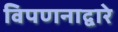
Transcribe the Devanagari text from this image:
विपणनाद्वारे